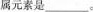
属元素是___。